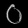
Digit: ၀